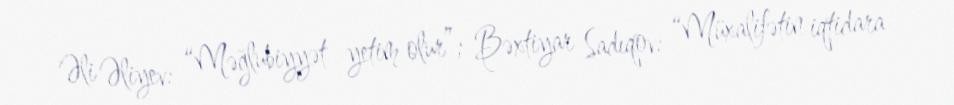
Əli Əliyev: “Məğlubiyyət yetim olur”; Bəxtiyar Sadıqov: “Müxalifətin iqtidara